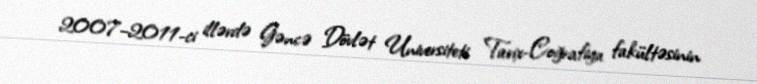
2007–2011-ci illərdə Gəncə Dövlət Universiteti Tarix-Coğrafiya fakültəsinin